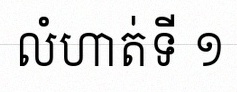
លំហាត់ទី ១